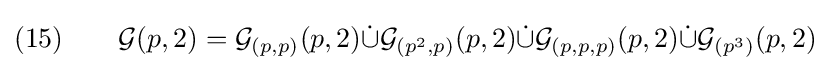
(15)\qquad {\mathcal {G}}(p,2)={\mathcal {G}}_{(p,p)}(p,2){\dot {\cup }}{\mathcal {G}}_{(p^{2},p)}(p,2){\dot {\cup }}{\mathcal {G}}_{(p,p,p)}(p,2){\dot {\cup }}{\mathcal {G}}_{(p^{3})}(p,2)